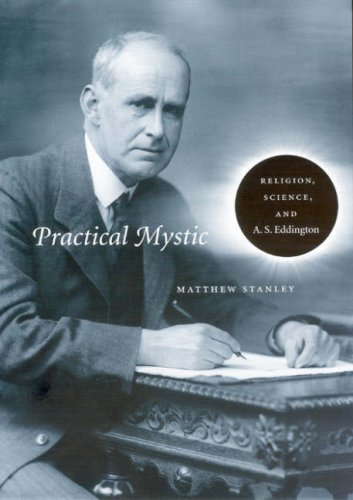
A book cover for Practical Mystic: Religion, Science, and A. S. Eddington; Matthew Stanley; Christian Books & Bibles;